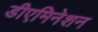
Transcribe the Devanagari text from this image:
डीएमिनेशन